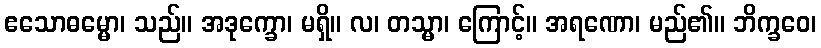
ဧသောဓမ္မော၊ သည်။ အဒုက္ခော၊ မရှိ။ လ၊ တသ္မာ၊ ကြောင့်။ အရဏော၊ မည်၏။ ဘိက္ခဝေ၊